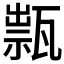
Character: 𤭽